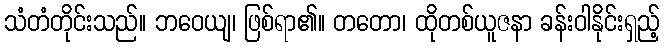
သံတံတိုင်းသည်။ ဘဝေယျ၊ ဖြစ်ရာ၏။ တတော၊ ထိုတစ်ယူဇနာ ခန်းဝါနိုင်းရှည့်